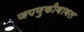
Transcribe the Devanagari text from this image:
जपणुकीबाबत